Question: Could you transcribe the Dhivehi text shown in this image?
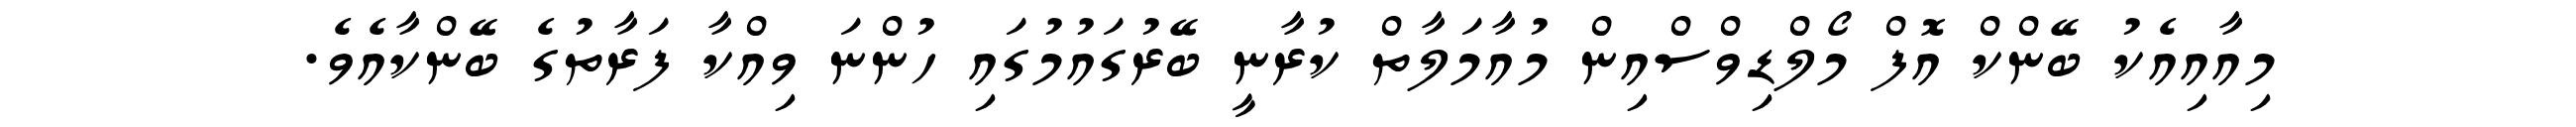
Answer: މިއާއިއެކު ބޭންކް އޮފް މޯލްޑިވްސްއިން މުއާމަލާތް ކުރާނީ ބޭރުގައުމުގައި ހުންނަ ވިއްކާ ފަރާތުގެ ބޭންކާއެވެ.